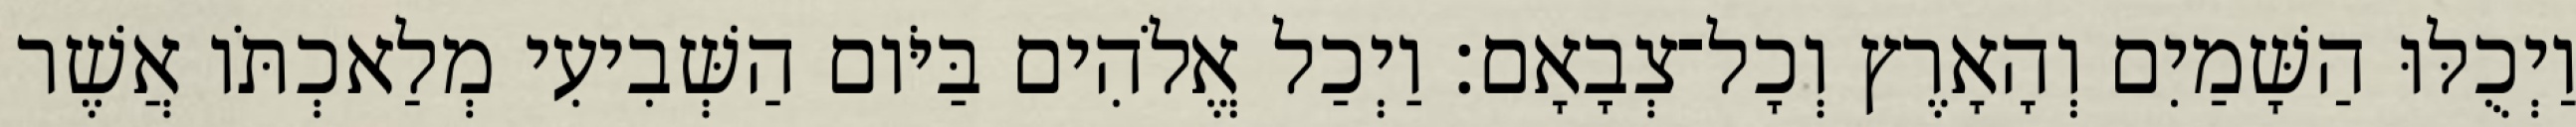
וַיְכֻלּוּ הַשָּׁמַיִם וְהָאָרֶץ וְכָל־צְבָאָם׃ וַיְכַל אֱלֹהִים בַּיֹּום הַשְּׁבִיעִי מְלַאכְתֹּו אֲשֶׁר